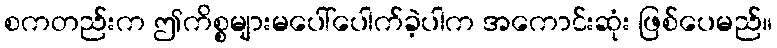
စကတည်းက ဤကိစ္စများမပေါ်ပေါက်ခဲ့ပါက အကောင်းဆုံး ဖြစ်ပေမည်။